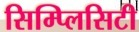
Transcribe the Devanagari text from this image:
सिम्प्लिसिटी